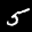
Label: 5